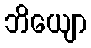
ဘိယျော